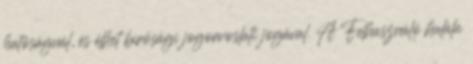
hatóságnál, és élhet bírósági jogorvoslati jogával. A Felhasználó halála